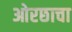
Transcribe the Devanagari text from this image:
ओरछाचा